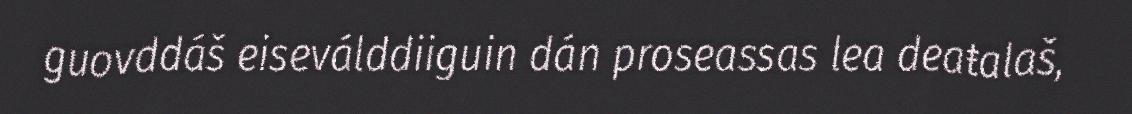
guovddáš eiseválddiiguin dán proseassas lea deaŧalaš,